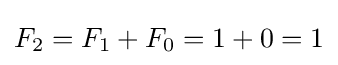
F_{2}=F_{1}+F_{0}=1+0=1